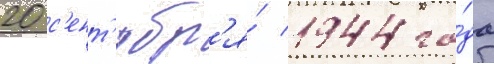
20 с'ент'ябр'я́ 1944 го́да